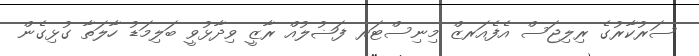
ސަރުކާރުގެ ރިލިޖަސް އެފެއަރޒް މިނިސްޓަރ ފަޟުލުއް ރާޒީ ވިދާޅުވީ ބަލިމަޑު ހާލަތާ ގުޅިގެން